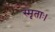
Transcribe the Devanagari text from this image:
स्मृताः।